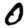
Digit: 0